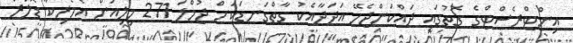
އިންޓްރެސްޓްގެ ގޮތުގައި ދައްކަންޖެހޭ އަދަދާއެކު ގާތްގަނޑަކަށް ޖުމްލަ 271 މިލިއަން އެމެރިކާ ޑޮލަރު